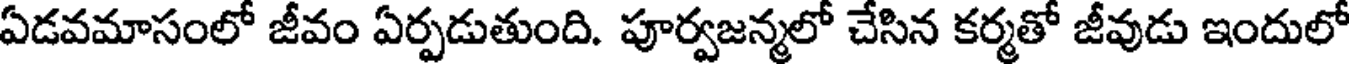
ఏడవమాసంలో జీవం ఏర్పడుతుంది. పూర్వజన్మలో చేసిన కర్మతో జీవుడు ఇందులో